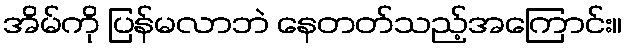
အိမ်ကို ပြန်မလာဘဲ နေတတ်သည့်အကြောင်း။